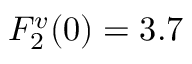
F _ { 2 } ^ { v } ( 0 ) = 3 . 7